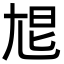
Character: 㞁